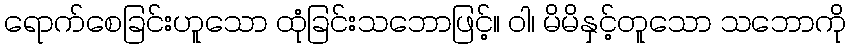
ရောက်စေခြင်းဟူသော ထုံခြင်းသဘောဖြင့်။ ဝါ၊ မိမိနှင့်တူသော သဘောကို